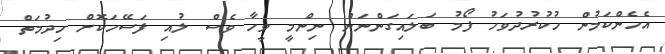
އެހެންކަމުން ހުކުރުދުވަހު ފޯމު ބަލައިގަންނަން ނިންމީ ވީހާ ވެސް ލުއި ފަސޭހަކޮށް ހިދުމަތް